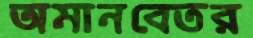
অমানবেতর